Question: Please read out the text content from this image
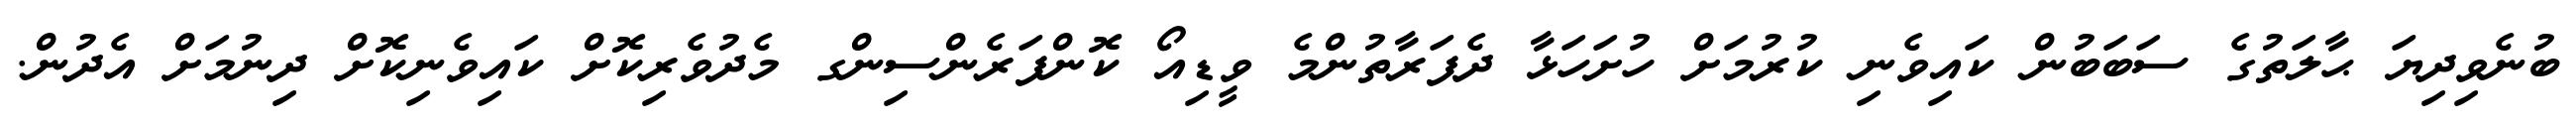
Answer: ބުނެވިދިޔަ ޙާލަތުގެ ސަބަބުން ކައިވެނި ކުރުމަށް ހުށަހަޅާ ދެފަރާތުންމެ ވީޑިއޯ ކޮންފަރެންސިންގ މެދުވެރިކޮށް ކައިވެނިކޮށް ދިނުމަށް އެދުން.